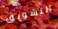
التشويق